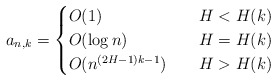
\begin{align*} a_{n,k}&= \begin{cases} O(1) \quad& H< H(k) \\ O(\log n) \quad& H= H(k) \\ O(n^{(2H-1)k-1}) \quad& H> H(k) \end{cases} \end{align*}